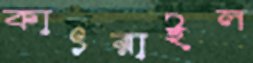
কাৎরাইল